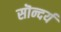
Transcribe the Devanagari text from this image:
सॊन्दर्य